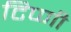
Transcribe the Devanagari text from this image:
टिप्णी